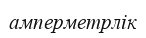
амперметрлік